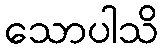
သောပါသိ